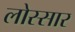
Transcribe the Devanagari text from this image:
लोस्सार